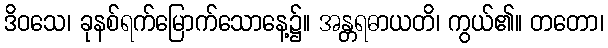
ဒိဝသေ၊ ခုနစ်ရက်မြောက်သောနေ့၌။ အန္တရဓာယတိ၊ ကွယ်၏။ တတော၊